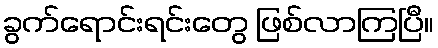
ခွက်ရောင်းရင်းတွေ ဖြစ်လာကြပြီ။